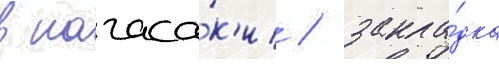
в нагаса́к'и / закла́дка